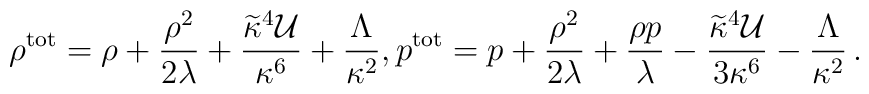
\rho^{\rm tot} = \rho+ {\rho^2\over2\lambda} +{\widetilde{\kappa}^{4}{\cal U}\over\kappa^6} +{\Lambda\over\kappa^2}, p^{\rm tot} = p+ {\rho^2\over2\lambda} + {\rho p\over\lambda} -{\widetilde{\kappa}^{4}{\cal U}\over3\kappa^6} - {\Lambda\over\kappa^2}\,.